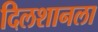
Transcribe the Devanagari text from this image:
दिलशानला